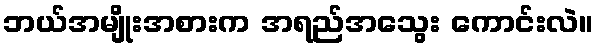
ဘယ်အမျိုးအစားက အရည်အသွေး ကောင်းလဲ။